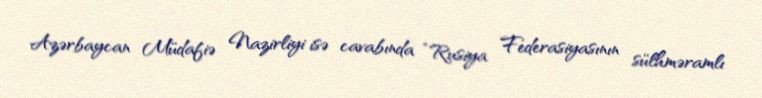
Azərbaycan Müdafiə Nazirliyi isə cavabında “Rusiya Federasiyasının sülhməramlı